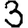
Digit: 3